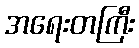
အရေးတကြီး